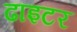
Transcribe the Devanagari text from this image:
ढाइटर